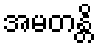
အမတန္တိ